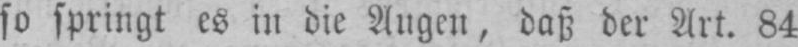
so springt es in die Augen, daß der Art. 84